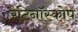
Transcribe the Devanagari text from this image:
रैटिनॉस्कोप